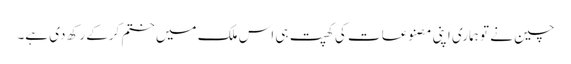
چین نے تو ہماری اپنی مصنوعات کی کھپت ہی اس ملک میں ختم کرکے رکھ دی ہے۔